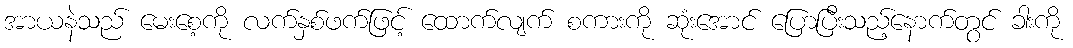
အာယနဲသည် မေးစေ့ကို လက်နှစ်ဖက်ဖြင့် ထောက်လျက် စကားကို ဆုံးအောင် ပြောပြီးသည့်နောက်တွင် ခါးကို